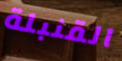
القنبلة